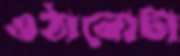
ওঠানোটা